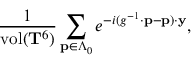
\frac { 1 } { \mathrm { v o l } ( { \bf T } ^ { 6 } ) } \sum _ { { \bf p } \in \Lambda _ { 0 } } e ^ { - i ( g ^ { - 1 } \cdot { \bf p } - { \bf p } ) \cdot { \bf y } } ,